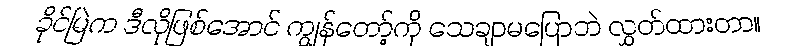
ခိုင်မြဲက ဒီလိုဖြစ်အောင် ကျွန်တော့်ကို သေချာမပြောဘဲ လွှတ်ထားတာ။